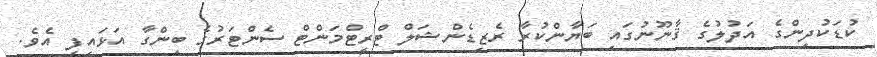
ކުޑަކުދިންގެ އަދުލުގެ ޤާނޫނުގައި ބަޔާންކުރާ ރެޒިޑެންޝަލް ޓްރީޓްމަންޓް ސެންޓަރުގެ ބިންގާ އަޅައިފި އެވެ.